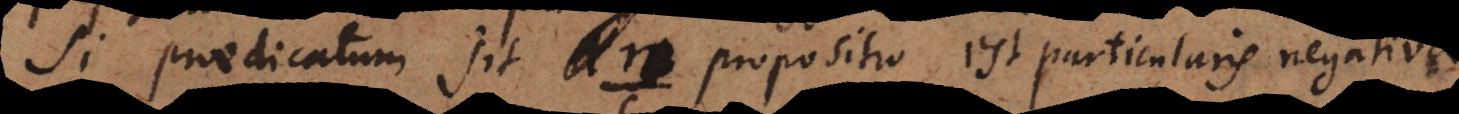
Si praedicatum sit propositio est particularis negativa.